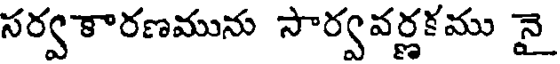
సర్వకారణమును సార్వవర్ణకము నై